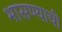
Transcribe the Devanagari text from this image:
भासण्याची